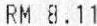
RM 8.11